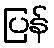
ပြန်